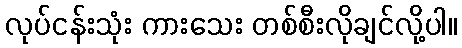
လုပ်ငန်းသုံး ကားသေး တစ်စီးလိုချင်လို့ပါ။